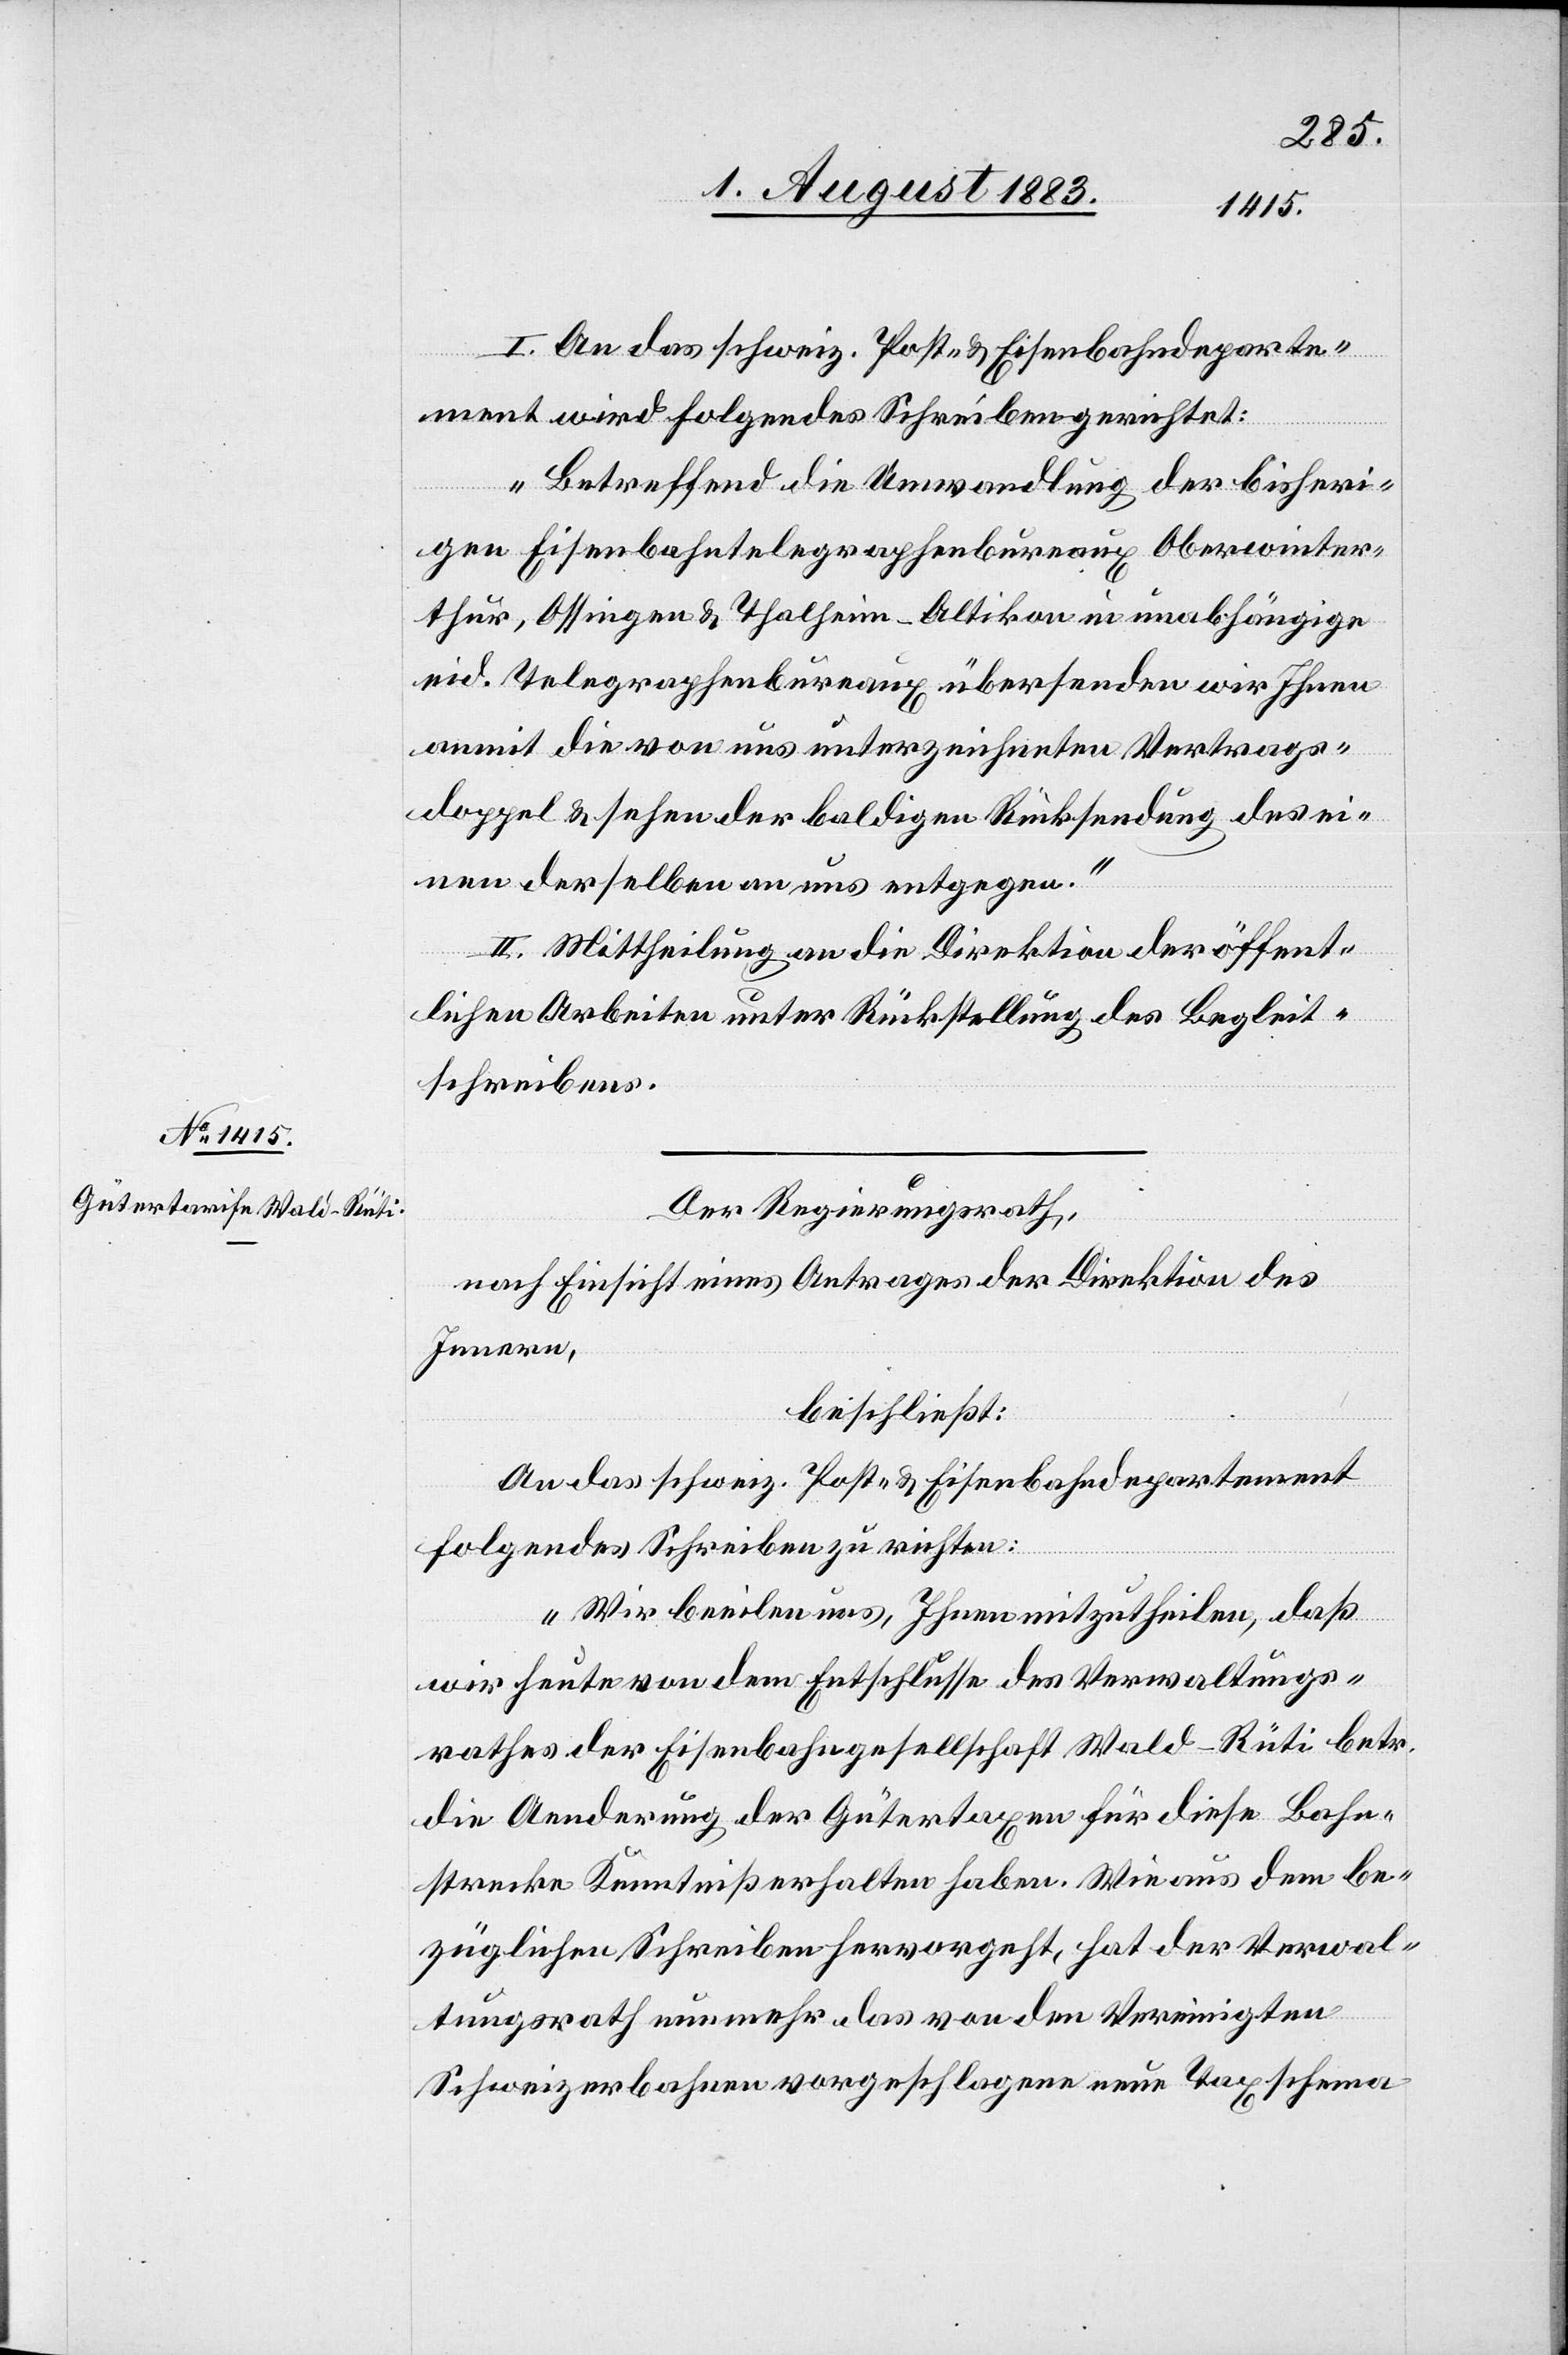
7. August 1883.]
I. An das schweiz. Post- & Eisenbahndeparte¬
ment wird folgendes Schreiben gerichtet:
„Betreffend die Umwandlung der bisheri¬
gen Eisenbahntelegraphenbureaux Oberwinter¬
thur, Ossingen & Thalheim-Altikon in unabhängige
eid. Telegraphenbureaux übersenden wir Ihnen
anmit die von uns unterzeichneten Vertrags¬
doppel & sehen der baldigen Rücksendung des ei¬
nen derselben an uns entgegen.“
II. Mittheilung an die Direktion der öffent¬
lichen Arbeiten unter Rückstellung des Begleit¬
schreibens.
Der Regierungsrath,
nach Einsicht eines Antrages der Direktion des
Innern,
beschließt:
An das schweiz. Post- & Eisenbahndepartement
folgendes Schreiben zu richten:
„Wir beeilen uns, Ihnen mitzutheilen, daß
wir heute von dem Entschlusse des Verwaltungs¬
rathes der Eisenbahngesellschaft Wald–Rüti betr.
die Aenderung der Gütertaxen für diese Bahn¬
strecke Kenntniß erhalten haben. Wie aus dem be¬
züglichen Schreiben hervorgeht, hat der Verwal¬
tungsrath nunmehr das von den Vereinigten
Schweizerbahnen vorgeschlagene neue Taxschema